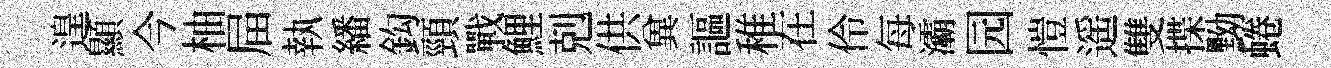
遑顯今柚屇執繙鈎頸戰鯉剋供兾謳稚在伶每灞园愷遥雙揲黝蜷